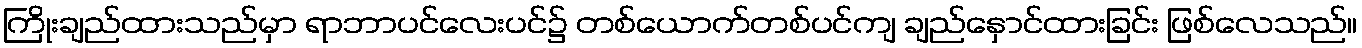
ကြိုးချည်ထားသည်မှာ ရာဘာပင်လေးပင်၌ တစ်ယောက်တစ်ပင်ကျ ချည်နှောင်ထားခြင်း ဖြစ်လေသည်။